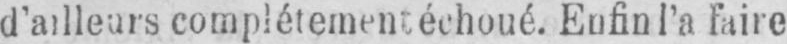
d’ailleurs complétement échoué. Enfin l’a faire